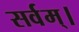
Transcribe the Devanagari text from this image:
सर्वम्।